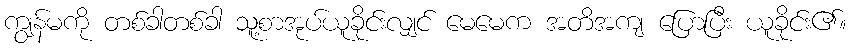
ကျွန်မကို တစ်ခါတစ်ခါ သူ့စာအုပ်ယူခိုင်းလျှင် မေမေက အတိအကျ ပြောပြီး ယူခိုင်း၏။